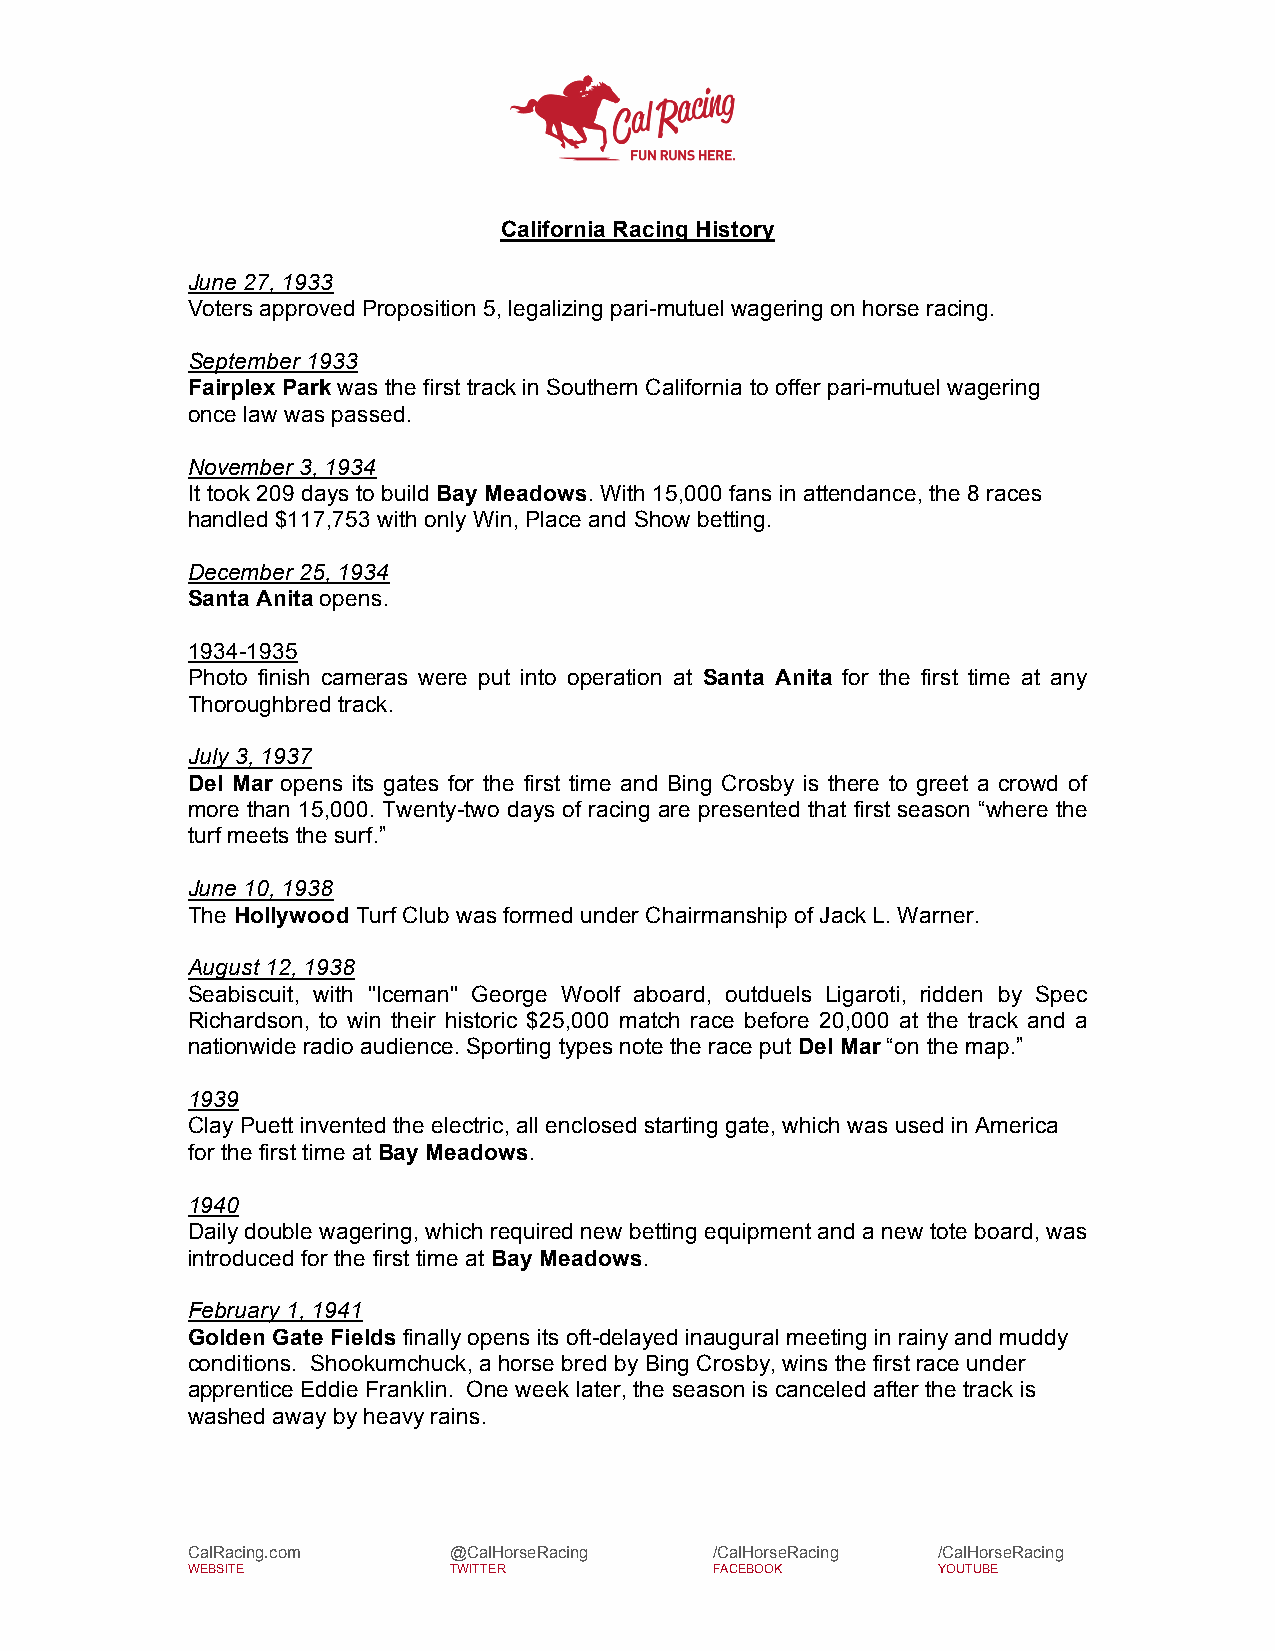
California Racing History
 June 27, 1933
 Voters approved Proposition 5, legalizing pari-mutuel wagering on horse racing.
 September 1933
 Fairplex Park was the first track in Southern California to offer pari-mutuel wagering
 once law was passed.
 November 3, 1934
 It took 209 days to build Bay Meadows. With 15,000 fans in attendance, the 8 races
 handled $117,753 with only Win, Place and Show betting.
 December 25, 1934
 Santa Anita opens.
 1934-1935
 Photo finish cameras were put into operation at Santa Anita for the first time at any
 Thoroughbred track.
 July 3, 1937
 Del Mar opens its gates for the first time and Bing Crosby is there to greet a crowd of
 more than 15,000. Twenty-two days of racing are presented that first season “where the
 turf meets the surf.”
 June 10, 1938
 The Hollywood Turf Club was formed under Chairmanship of Jack L. Warner.
 August 12, 1938
 Seabiscuit, with "Iceman" George Woolf aboard, outduels Ligaroti, ridden by Spec
 Richardson, to win their historic $25,000 match race before 20,000 at the track and a
 nationwide radio audience. Sporting types note the race put Del Mar “on the map.”
 1939
 Clay Puett invented the electric, all enclosed starting gate, which was used in America
 for the first time at Bay Meadows.
 1940
 Daily double wagering, which required new betting equipment and a new tote board, was
 introduced for the first time at Bay Meadows.
 February 1, 1941
 Golden Gate Fields finally opens its oft-delayed inaugural meeting in rainy and muddy
 conditions. Shookumchuck, a horse bred by Bing Crosby, wins the first race under
 apprentice Eddie Franklin. One week later, the season is canceled after the track is
 washed away by heavy rains.
 CalRacing.com     @CalHorseRacing  /CalHorseRacing /CalHorseRacing
 WEBSITE           TWITTER          FACEBOOK       YOUTUBE